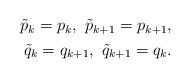
LaTeX: \begin{align*}\begin{aligned}\tilde{p}_{k}=p_k, ~\tilde{p}_{k+1}=p_{k+1},\\ \tilde{q}_{k}=q_{k+1}, ~\tilde{q}_{k+1}=q_{k}.\end{aligned}\end{align*}